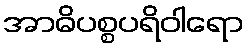
အာဓိပစ္စပရိဝါရော